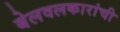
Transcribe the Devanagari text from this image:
बेलवलकारांची